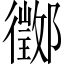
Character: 𨟃